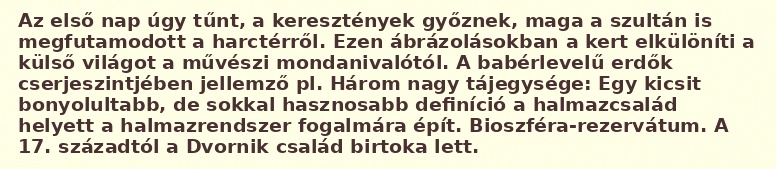
Az első nap úgy tűnt, a keresztények győznek, maga a szultán is megfutamodott a harctérről. Ezen ábrázolásokban a kert elkülöníti a külső világot a művészi mondanivalótól. A babérlevelű erdők cserjeszintjében jellemző pl. Három nagy tájegysége: Egy kicsit bonyolultabb, de sokkal hasznosabb definíció a halmazcsalád helyett a halmazrendszer fogalmára épít. Bioszféra-rezervátum. A 17. századtól a Dvornik család birtoka lett.